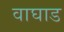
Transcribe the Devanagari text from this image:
वाघाड